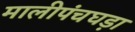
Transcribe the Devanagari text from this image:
मालीपंचघड़ा